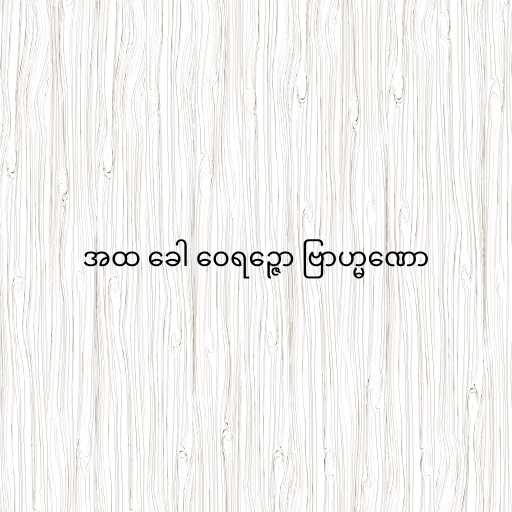
အထ ခေါ ဝေရဉ္ဇော ဗြာဟ္မဏော